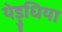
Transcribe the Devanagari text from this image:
येड़ुधिया